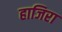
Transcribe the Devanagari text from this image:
हाजिरा